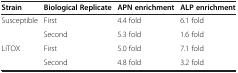
| Strain | Biological Replicate | APN enrichment | ALP enrichment |
 | --- | --- | --- | --- |
 | Susceptible | First | 4.4 fold | 6.1 fold |
 |  | Second | 5.3 fold | 1.6 fold |
 | LiTOX | First | 5.0 fold | 7.1 fold |
 |  | Second | 4.8 fold | 3.2 fold |